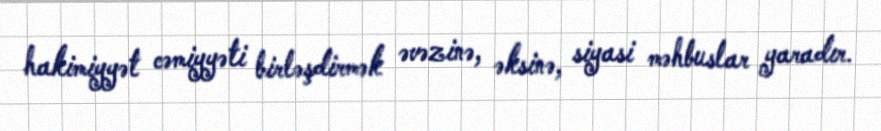
hakimiyyət cəmiyyəti birləşdirmək əvəzinə, əksinə, siyasi məhbuslar yaradır.